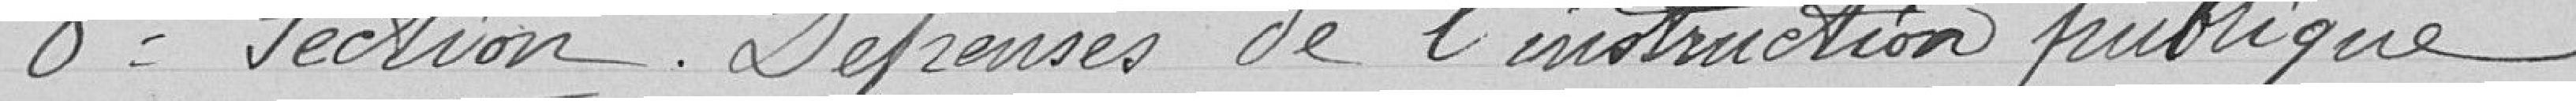
8e section. Dépenses de l'instruction publique.